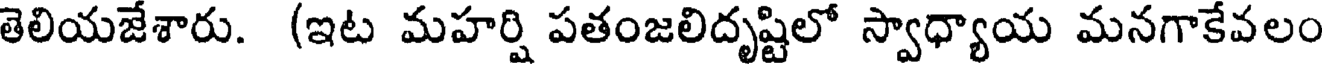
తెలియజేశారు. (ఇట మహర్షి పతంజలిదృష్టిలో స్వాధ్యాయ మనగాకేవలం